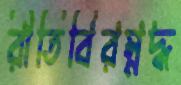
রীতিবিরম্নদ্ধ